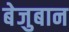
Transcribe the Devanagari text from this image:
बेजुबान